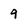
Character: 9